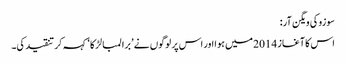
سوزوکی ویگن آر:
اس کا آغاز 2014 میں ہوا اور اس پر لوگوں نے ’برا لمبا لڑکا‘ کہہ کر تنقید کی۔